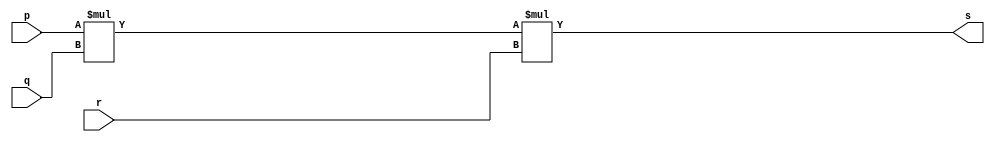
// ------------------------- 
// Exerccio0008 - AND 
// Nome: Joo Henrique Mendes de Oliveira 
// -------------------------

// ------------------------- 
// -- and gate 
// ------------------------- 
 module andgate ( output s, input p, input q, input r); 
	assign s = (p * q) * r; 
 endmodule // andgate 
 
// --------------------- 
// -- test and gate 
// --------------------- 
 module testandgate; 
// ------------------------- dados locais 
	reg a, b, c; // definir registradores 
	wire s; // definir conexao (fio) 
// ------------------------- instancia 
	andgate AND1 (s, a, b, c); 
// ------------------------- preparacao 
	initial begin:start 
		// atribuicao simultanea 
		// dos valores iniciais 
		a = 0; b = 0; c = 0;
	end
	
// ------------------------- parte principal

	initial begin 
		$display("Exerccio0008 - Joo Henrique Mendes de Oliveira - 392734"); 
		$display("Test AND gate"); 
		$display("\n(a * b) * c = s\n"); 
		a = 0; b = 0; c = 0;
	#1 $display("(%b * %b) * %b = %b", a, b, c, s); 
		a = 0; b = 0; c = 1;
	#1 $display("(%b * %b) * %b = %b", a, b, c, s); 
		a = 0; b = 1; c = 0;
	#1 $display("(%b * %b) * %b = %b", a, b, c, s); 
		a = 0; b = 1; c = 1;
	#1 $display("(%b * %b) * %b = %b", a, b, c, s);
		a = 1; b = 0; c = 0;
	#1 $display("(%b * %b) * %b = %b", a, b, c, s);
		a = 1; b = 0; c = 1;
	#1 $display("(%b * %b) * %b = %b", a, b, c, s);
		a = 1; b = 1; c = 0;
	#1 $display("(%b * %b) * %b = %b", a, b, c, s);
		a = 1; b = 1; c = 1;
	#1 $display("(%b * %b) * %b = %b", a, b, c, s);
	end
	
	endmodule // testandgate